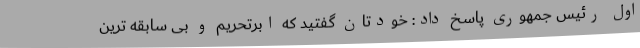
اول رئیس جمهوری پاسخ داد: خودتان گفتید که ابرتحریم و بی سابقه ترین